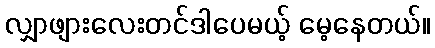
လျှာဖျားလေးတင်ဒါပေမယ့် မေ့နေတယ်။